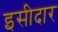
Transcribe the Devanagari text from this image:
इसीदार